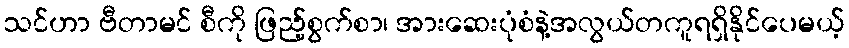
သင်ဟာ ဗီတာမင် စီကို ဖြည့်စွက်စာ၊ အားဆေးပုံစံနဲ့အလွယ်တကူရရှိနိုင်ပေမယ့်